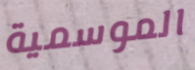
الموسمية